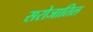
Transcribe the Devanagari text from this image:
सरोजातिल